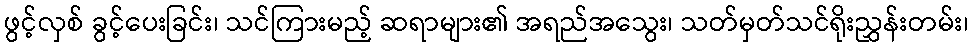
ဖွင့်လှစ် ခွင့်ပေးခြင်း၊ သင်ကြားမည့် ဆရာများ၏ အရည်အသွေး၊ သတ်မှတ်သင်ရိုးညွှန်းတမ်း၊